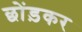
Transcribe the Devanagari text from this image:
छोंड़कर